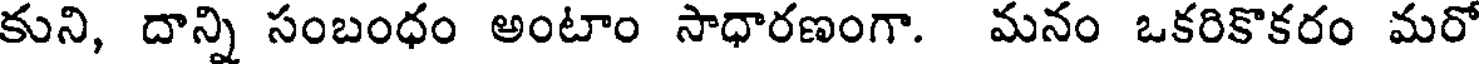
కుని, దాన్ని సంబంధం అంటాం సాధారణంగా. మనం ఒకరికొకరం మరో